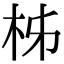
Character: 柹